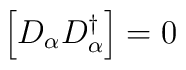
\left[D_{\alpha} D^{\dagger}_{\alpha} \right] =0